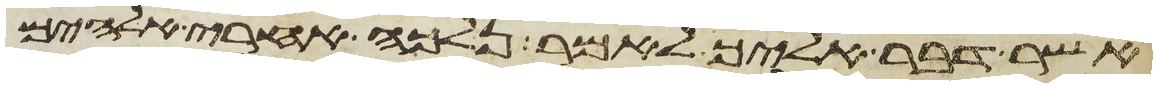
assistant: אשר דבר אליך לאמר נלכה אחרי אלהים